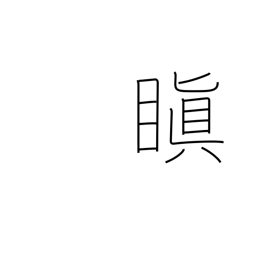
Meaning: be angry